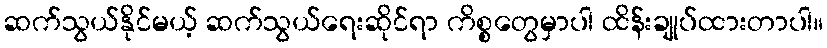
ဆက်သွယ်နိုင်မယ့် ဆက်သွယ်ရေးဆိုင်ရာ ကိစ္စတွေမှာပါ ထိန်းချုပ်ထားတာပါ။